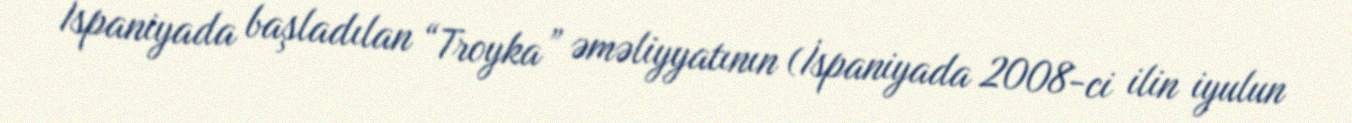
İspaniyada başladılan “Troyka” əməliyyatının (İspaniyada 2008-ci ilin iyulun